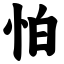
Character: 怕